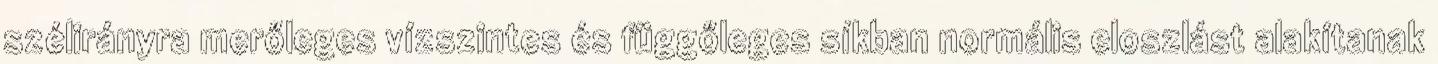
szélirányra merőleges vízszintes és függőleges síkban normális eloszlást alakítanak